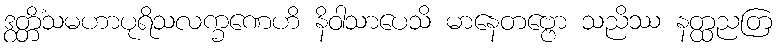
ဒွတ္တိံသမဟာပုရိသလက္ခဏေဟိ နိဝါသာပေသိ မာနေတဗ္ဗော သညိဿ နတ္ထညတြ